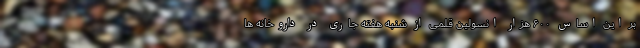
بر این اساس ۶۰۰ هزار انسولین قلمی از شنبه هفته جاری در داروخانه ها